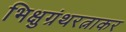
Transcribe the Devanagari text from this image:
भिक्षुग्रंथरत्नाकर